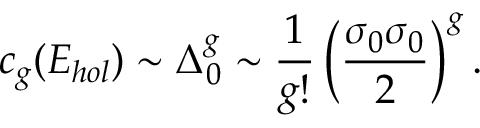
c _ { g } ( { \cal E } _ { h o l } ) \sim \Delta _ { 0 } ^ { g } \sim { \frac { 1 } { g ! } } \left( { \frac { \sigma _ { 0 } \sigma _ { 0 } } { 2 } } \right) ^ { g } .